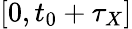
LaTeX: [0,t_{0}+\tau_{X}]